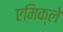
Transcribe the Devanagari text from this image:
एमिक्ले